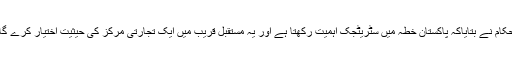
حکام نے بتایاکہ پاکستان خطہ میں سٹریٹجک اہمیت رکھتا ہے اور یہ مستقبل قریب میں ایک تجارتی مرکز کی حیثیت اختیار کرے گا۔